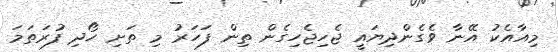
މިއާއެކު އޭނާ ވެގެންދިޔައީ ޖެހިޖެހިގެން ތިން ފަހަރު މި ތަށި ހޯދި ފުރަތަމަ